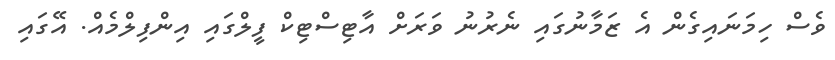
ވެސް ހިމަނައިގެން އެ ޒަމާނުގައި ނެރުނު ވަރަށް އާޓިސްޓިކް ފީލްގައި އިންފިލްމެއް. އޭގައި